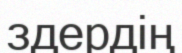
здердің